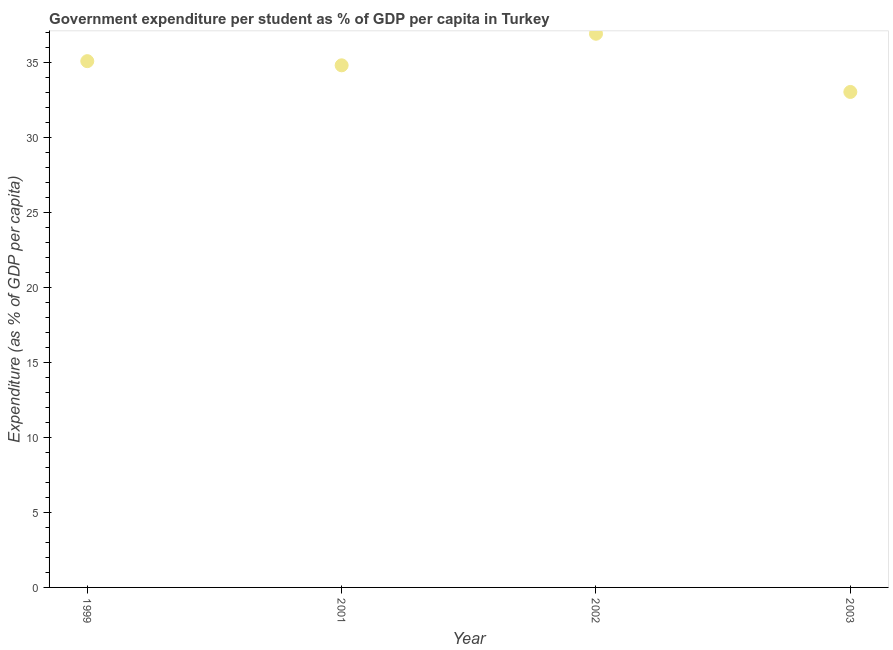
| Year | Government expenditure per tertiary student |
 | --- | --- |
 | 1999 | 35.1 |
 | 2001 | 34.8 |
 | 2002 | 36.9 |
 | 2003 | 33 |